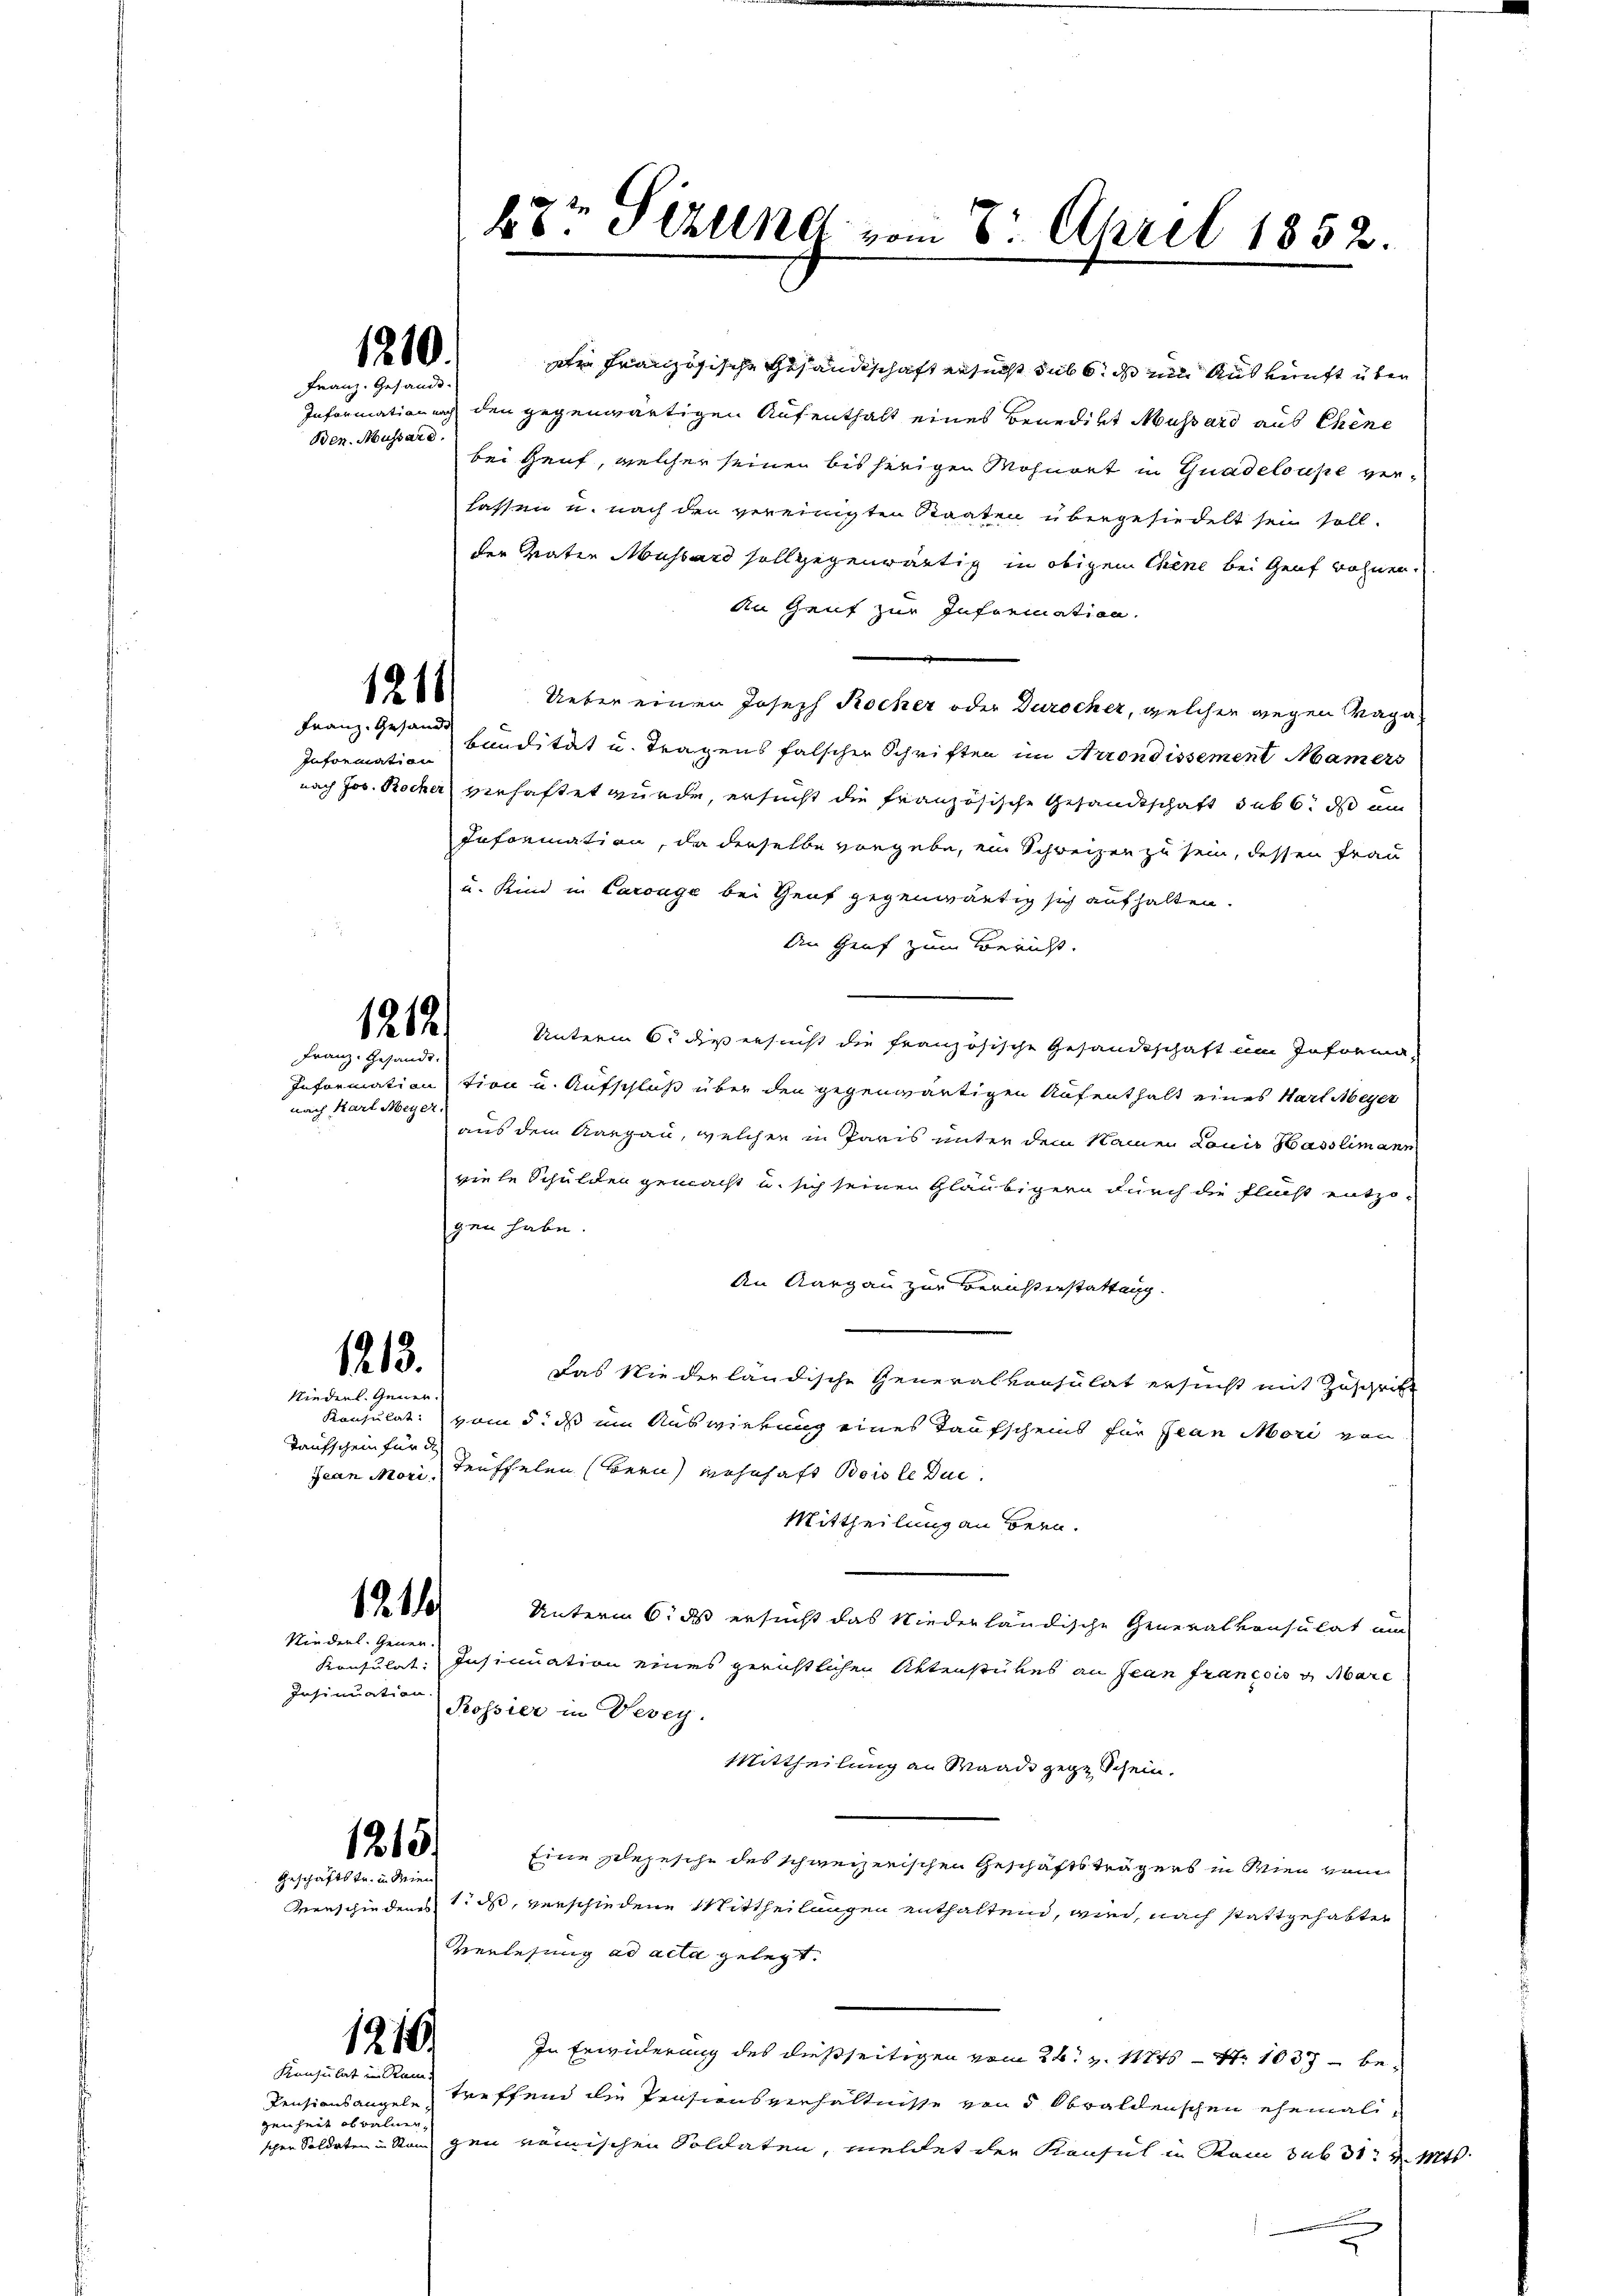
1210.
Franz. Gesandt

Ben. Mussard.

1211.
Franz. Gesandt

Information

1212
Franz. Gesandt.

nach Karl Meyer.

1213.

Niederl. Gener.
Taufschein für d

1214

Niederl. Gener-
Konsulat:
Insinuation.

1215.
Geschäftstr. in dien

1216.
Konsulat in Ram

genheit obwalder.

Dr Französische Gesandtschaft ersucht sub 6. ds um Auskunft über
Information nach den gegenwärtigen Aufenthalt eines Benedikt Mussard aus Chene
bei Genf, welcher seinen bisherigen Mohnort in Guadeloupe verlassen u. nach den vereinigten Staaten übergesiedelt sein soll.
der Vater Mussard soll gegenwärtig in obigem Chene bei Genf wohnen.
An Genf zur Information.
Ueber einen Joseph Rocher oder Durscher, welcher wegen Vaga
bandität u. Tragens falscher Schriften im Arrondissement Maiers
nach Jos. Rocher verhaftet wurde, ersucht die französische Gesandtschaft sub 6. ds ein
Information, da derselbe vorgebe, ein Schweizen zu sein, dessen Frau
u. Kind in Carouge bei Genf gegenwärtig sich aufhalten.
An Genf zum Bericht.
Unterm 6. die ersucht die französische Gesandtschaft im Informa¬
Information tion u. Aufschluß über den gegenwärtigen Aufenthalt eines Hart Meyer
aus dem Aargau, welcher in Paris unter dem Namen Louis Hasslimann
viele Schulden gemacht u. sich seinen Gläubigern durch die Flucht entzo-
gen habe.
An Aargau zur Berichterstattung.
Das Niederländische Generalkonsulat ersucht mit Zuschritt
Konsulat, vom 5. ds um Auswirkung eines Taufscheins für Jean Mori von
Jean Mori Teuffelen (Bern, wohnhaft Bois le die
Mittheilung an Bern.
Unterm 6. ds ersucht das Niederländische Generalkonsulat um
Insinuation eines gerichtlichen Aktenstükes an sein francois u. Mare
Rossier in Vevey.
Mittheilung an Waadt gegen Schein.
Eine Idejesche des schweizerischen Geschäftsträgers in Wien vom
Verschiedens 1. ds, verschiedene Mittheilungen enthaltend, wie nach stattgehabter
Verlesung ad acta gelegt.
In Erwiderung des dießseitigen vom 26. v. 1745 - 7. 1037 – be¬
Pensionsangel treffend die Prasionsverhältnisse von 5 Obwaldenschen ehemalischen Soldaten in Stand gen römischen Soldaten, meldet der Konsul in Rom sub 31. v. Mts.
.
u

68r Sitzung vom 8. April 1852.